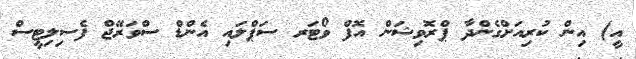
އީ) އިން ކުރިއަށްގެންދާ ޕްރޮވިޝަން އޮފް ވޯޓަރ ސަޕްލައި އެންޑް ސްވަރޭޖް ފެސިލިޓީސް